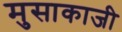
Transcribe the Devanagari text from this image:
मुसाकाजी